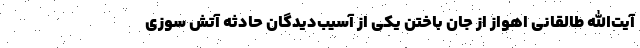
آیت‌الله طالقانی اهواز از جان باختن یکی از آسیب‌دیدگان حادثه آتش سوزی